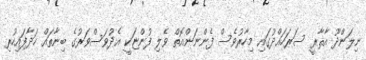
ނިލަންދޫ އާޘާރީ ސަރަހައްދުގައި މިހާރުވެސް ފެންނަންއޮތް ވެލި ފުންޏަކީ އެދުވަސްވަރުގެ ބިނާތައް ހަދާފައިހުރި